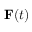
{ \bf F } ( t )